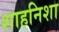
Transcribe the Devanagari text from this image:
शाहनिशा